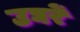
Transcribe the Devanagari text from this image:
उघरें